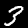
Label: 3